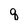
Character: q